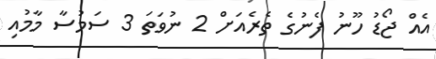
އެއް ޖޯޑު ހޫނު ފެނުގެ ތެރެއަށް 2 ނުވަތަ 3 ސަމުސާ މާމުއި